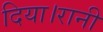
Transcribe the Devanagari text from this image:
दिया।रानी